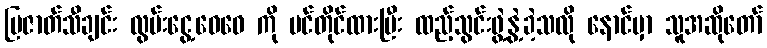
ပြဇာတ်သီချင်း လွမ်းငွေ့ဝေဝေ ကို ပင်တိုင်ထားပြီး ထည့်သွင်းဖွဲ့နွဲ့ခဲ့သလို နောင်မှာ သူအဆိုတော်